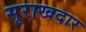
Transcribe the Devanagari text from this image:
सूराखदार